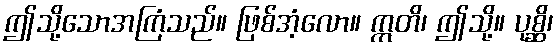
ဤသို့သောအကြံသည်။ ဖြစ်အံ့လော။ ဣတိ၊ ဤသို့။ ပုစ္ဆိ၊